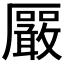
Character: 𪠛